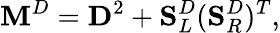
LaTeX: \mathbf{M}^{D}=\mathbf{D}^{2}+\mathbf{S}_{L}^{D}(\mathbf{S}_{R}^{D})^{T},